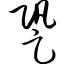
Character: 跫